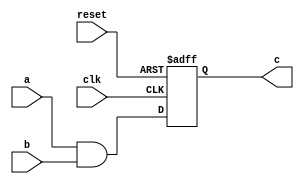
/////////////////////////////////////////
//  Functionality: 2-input AND 
////////////////////////////////////////
// `timescale 1ns / 1ps

module and2(
  a,
  b,
  c,
  clk,
  reset);

input wire a;
input wire b;
input wire clk;
input wire reset;
output c;

wire d;
reg c;

assign d = a & b;

always@(posedge clk or posedge reset) begin 
  if (reset)
    c = 0;
  else
    c = d;
end

endmodule